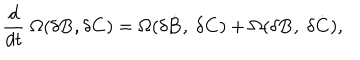
{ \frac { d } { d t } } ~ \Omega ( \delta { \bf B } , \delta { \bf C } ) = \Omega ( \delta { \dot { { \bf B } } } , ~ \delta { \bf C } ) + \Omega ( \delta { \bf B } , ~ \delta { \dot { { \bf C } } } ) ,